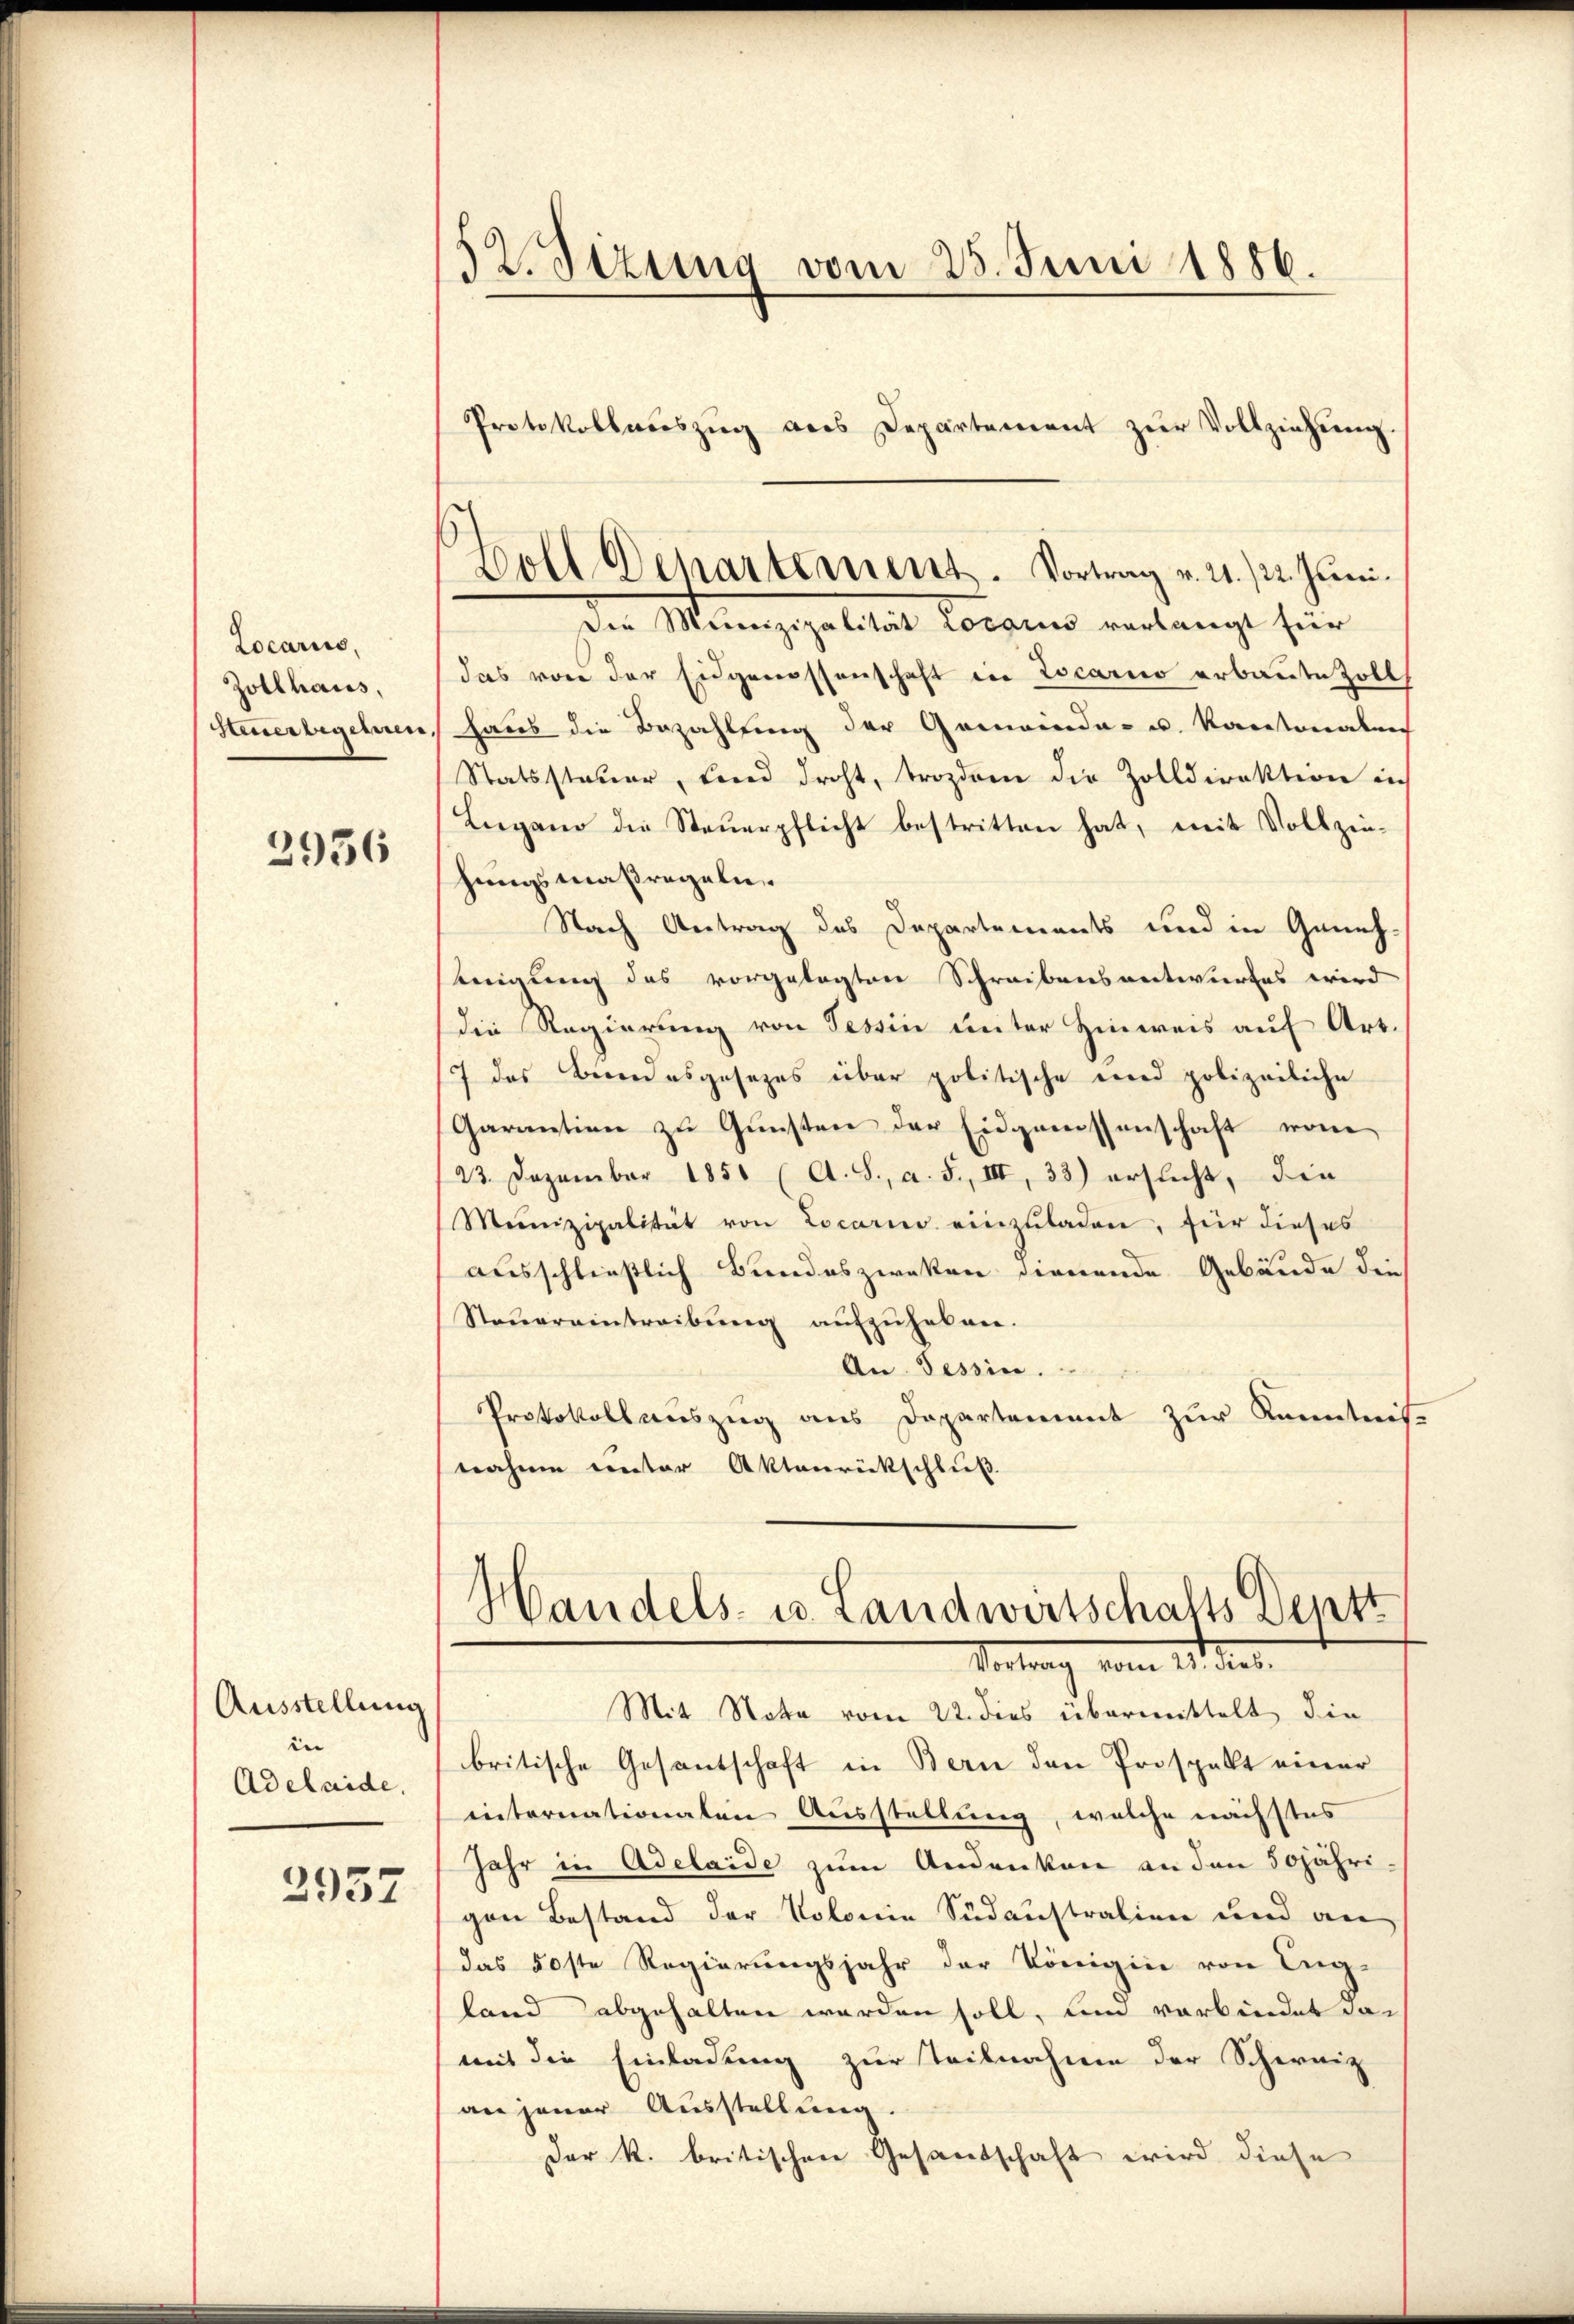
Locaris,
Zollhaus,
Steuerbegeinen

2936

Ausstellung
in
Adelaide,

2957

52. Sizung vom 25. Juni 1886.
Protokollaŭszŭg als Departement zŭr Vollziehŭng

Boll Departement. Vortrag v. 21. /22. Juni.
Der Munizipalität Loren verlangt für

das von der Eidgenossenschaft in Locarno erbaute Zolls
haus die Bezahlung der Gemeinde- u. Kantonalen
Statssteuer, und droht, trozdem die Zolldirektion in
Lugano die Steŭerpflicht bestritten hat, mit Vollzin-
hungsmaßregeln
Nach Antrag des Departements und in Geneh-
eigung des vorgelegten Schreibensentwurfes wird
die Regierung von Tessin unter Hinweis auf Art.
(7 des Bundesgesezes über politische und polizeiliche
Garantien zu Gunsten der Eidgenossenschaft vom
23. Dezember 1851 (A. S., a. 5., III, 33) ersucht, die
Munizipalität von Locario einzuladen, für dieses
ausschließlich Bundeszweken dienende Gebäude die
Steŭereintreibŭng aŭfzŭheben.
An Tessin.
Protokollauszug aus Departement zur Kenntnis-
nahme einter Aktenrückschluß

Handels- u. Landwirtschafts Deptt
Vertrag vom 21. Jes.
Mit Note vom 22. dies übermittelt die

britische Gesantschaft in Bern den Prospelt einer
internationalen Ausstellung, welche nächstes
Jahr in Adelaide zum Andenken an den 50jährigen Bestand der Volonie Südaustralien und an
das 50ste Regierungsjahr der Königin von Eng-
land abgehalten werden soll, um verbindet das
mit die Einladung zur Teilnahme der Schernig
an jener Ausstellung.
Der K. britischen Gesandschaft wird diese